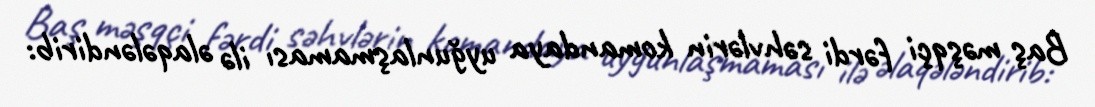
Baş məşqçi fərdi səhvlərin komandaya uyğunlaşmaması ilə əlaqələndirib: